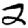
Digit: 2